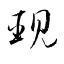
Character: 覡